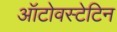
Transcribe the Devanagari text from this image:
ऑटोवस्टेटिन